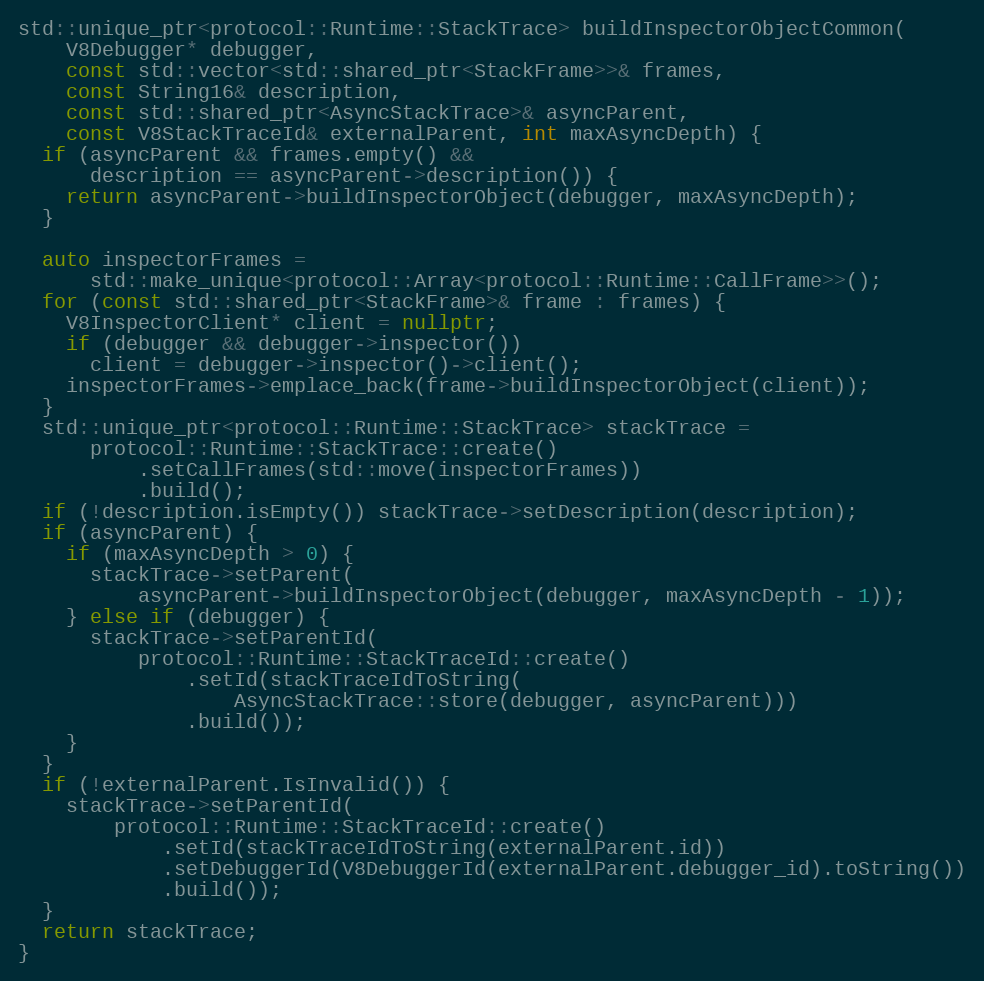
Language: C++
std::unique_ptr<protocol::Runtime::StackTrace> buildInspectorObjectCommon(
    V8Debugger* debugger,
    const std::vector<std::shared_ptr<StackFrame>>& frames,
    const String16& description,
    const std::shared_ptr<AsyncStackTrace>& asyncParent,
    const V8StackTraceId& externalParent, int maxAsyncDepth) {
  if (asyncParent && frames.empty() &&
      description == asyncParent->description()) {
    return asyncParent->buildInspectorObject(debugger, maxAsyncDepth);
  }

  auto inspectorFrames =
      std::make_unique<protocol::Array<protocol::Runtime::CallFrame>>();
  for (const std::shared_ptr<StackFrame>& frame : frames) {
    V8InspectorClient* client = nullptr;
    if (debugger && debugger->inspector())
      client = debugger->inspector()->client();
    inspectorFrames->emplace_back(frame->buildInspectorObject(client));
  }
  std::unique_ptr<protocol::Runtime::StackTrace> stackTrace =
      protocol::Runtime::StackTrace::create()
          .setCallFrames(std::move(inspectorFrames))
          .build();
  if (!description.isEmpty()) stackTrace->setDescription(description);
  if (asyncParent) {
    if (maxAsyncDepth > 0) {
      stackTrace->setParent(
          asyncParent->buildInspectorObject(debugger, maxAsyncDepth - 1));
    } else if (debugger) {
      stackTrace->setParentId(
          protocol::Runtime::StackTraceId::create()
              .setId(stackTraceIdToString(
                  AsyncStackTrace::store(debugger, asyncParent)))
              .build());
    }
  }
  if (!externalParent.IsInvalid()) {
    stackTrace->setParentId(
        protocol::Runtime::StackTraceId::create()
            .setId(stackTraceIdToString(externalParent.id))
            .setDebuggerId(V8DebuggerId(externalParent.debugger_id).toString())
            .build());
  }
  return stackTrace;
}